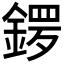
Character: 𨩡